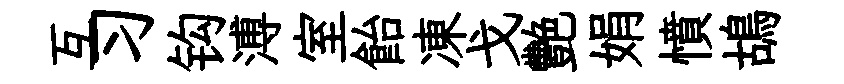
互习钩溥室飴凍戈艷娟憤鴣